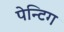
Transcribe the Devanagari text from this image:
पेन्टिग